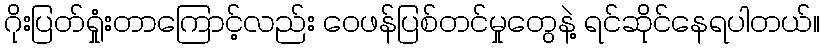
ဂိုးပြတ်ရှုံးတာကြောင့်လည်း ဝေဖန်ပြစ်တင်မှုတွေနဲ့ ရင်ဆိုင်နေရပါတယ်။